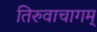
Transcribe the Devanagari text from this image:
तिरुवाचागम्‌